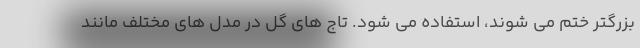
بزرگتر ختم می شوند، استفاده می شود. تاج های گل در مدل های مختلف مانند